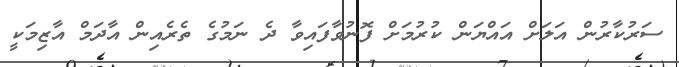
ސަރުކާރުން އަލަށް އައްޔަން ކުރުމަށް ފޮނުވާފައިވާ ދެ ނަމުގެ ތެރެއިން އާދަމް އާޒިމަކީ